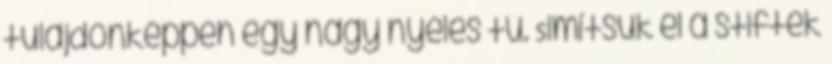
tulajdonképpen egy nagy nyeles tű. Simítsuk el a stiftek